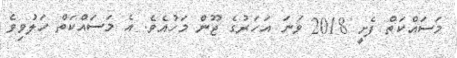
މަސައްކަތް ފެށީ 2018 ވަނަ އަހަރުގެ ޖޫން މަހުއެވެ. އެ މަސައްކަތް ހަލުވިވެ